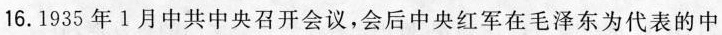
16.1935年1月中共中央召开会议，会后中央红军在毛泽东为代表的中